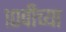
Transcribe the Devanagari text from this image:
१०वीच्या